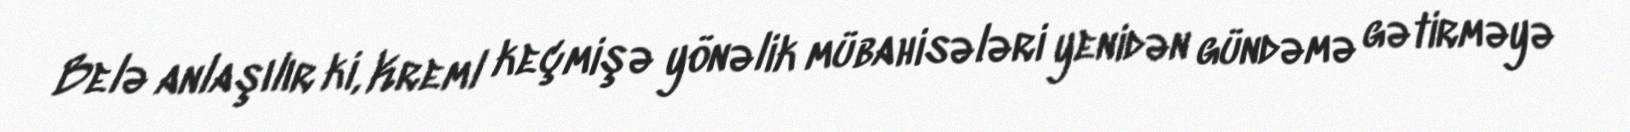
Belə anlaşılır ki, Kreml keçmişə yönəlik mübahisələri yenidən gündəmə gətirməyə